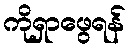
ကိုရှာဖွေရန်